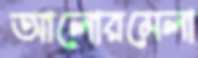
আলোরমেলা